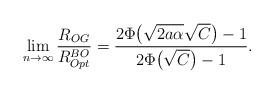
LaTeX: \begin{align*} \lim_{n\rightarrow\infty}\frac{R_{OG}}{R_{Opt}^{BO}}=\frac{2\Phi\big(\sqrt{2a\alpha}\sqrt{C}\big)-1}{2\Phi\big(\sqrt{C}\big)-1}. \end{align*}